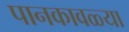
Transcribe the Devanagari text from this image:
पानकावळ्या